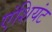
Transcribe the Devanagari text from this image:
एंशियंट